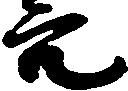
穴